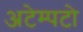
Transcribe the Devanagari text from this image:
अटेम्पटो